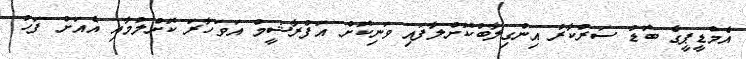
އެމްޑީޕީގެ ބޮޑު ސަރުކާރު އިންގިލާބުކޮށްލާފައި ވަނިކޮށް އަފްރާޝީމް އަވަހާރަ ކޮށްލުމާއި އެއަށް ފަހު